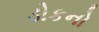
ડોકનો